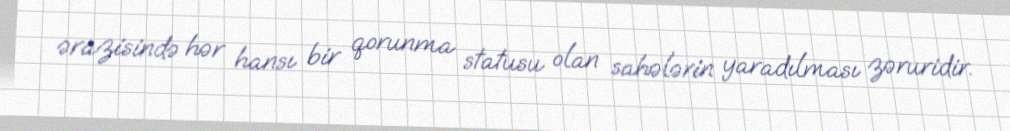
ərazisində hər hansı bir qorunma statusu olan sahələrin yaradılması zəruridir.